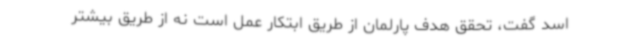
اسد گفت، تحقق هدف پارلمان از طریق ابتکار عمل است نه از طریق بیشتر